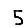
Digit: 5